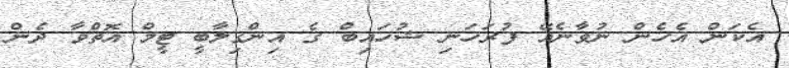
އެކަން އެހެން ނުވާނެއޭ ފުރަހަނި ޝުހައިބް ގެ އިންގިލާބީ ޓީމް އޮތްވާ ދެން